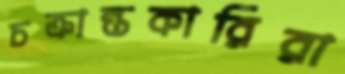
চক্রান্তকারিরা